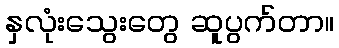
နှလုံးသွေးတွေ ဆူပွက်တာ။